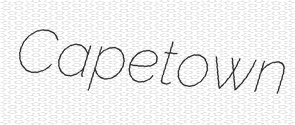
Capetown